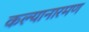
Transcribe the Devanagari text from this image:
कल्यानारमण